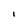
Character: 1